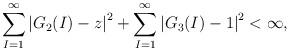
LaTeX: \begin{align*} \sum_{I=1}^{\infty}\left|G_2(I)-z\right|^2+\sum_{I=1}^{\infty}\left|G_3(I)-1\right|^2<\infty,\end{align*}